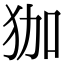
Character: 㹢